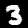
Label: 3